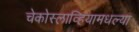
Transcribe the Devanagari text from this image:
चेकोस्लाव्हियामधल्या